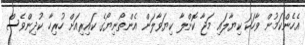
އެހެންކަމުން ވާހަކަ ކިޔާލައި މަޖާ ކޮށްލާ ކިޔަވާލަން އެންތޯނިޔޯގެ ކައިރިއަށް ހުރިހާ ކުދިންވެސް